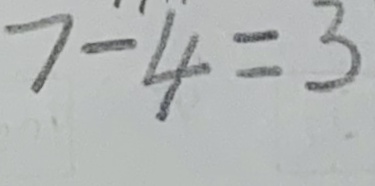
7 - 4 = 3